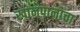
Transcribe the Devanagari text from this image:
खानपानाचा